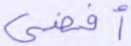
أفضى